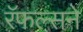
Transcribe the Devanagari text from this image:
रॅफल्सने